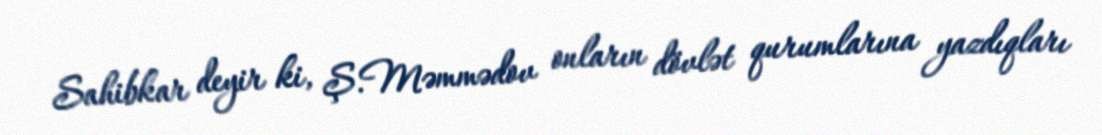
Sahibkar deyir ki, Ş.Məmmədov onların dövlət qurumlarına yazdıqları